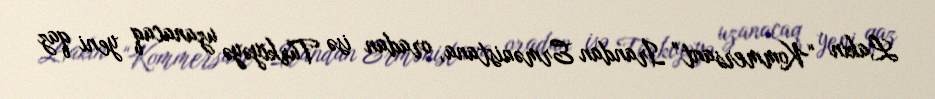
Lakin “Kommersant” İrandan Ermənistana, oradan isə Türkiyəyə uzanacaq yeni qaz